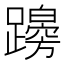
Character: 𨆭